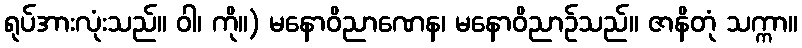
ရုပ်အားလုံးသည်။ ဝါ၊ ကို။) မနောဝိညာဏေန၊ မနောဝိညာဉ်သည်။ ဇာနိတုံ သက္ကာ။